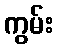
ကွမ်း